Indian journal of veterinary science and animal husbandry - Volume 1,
Year: 1931
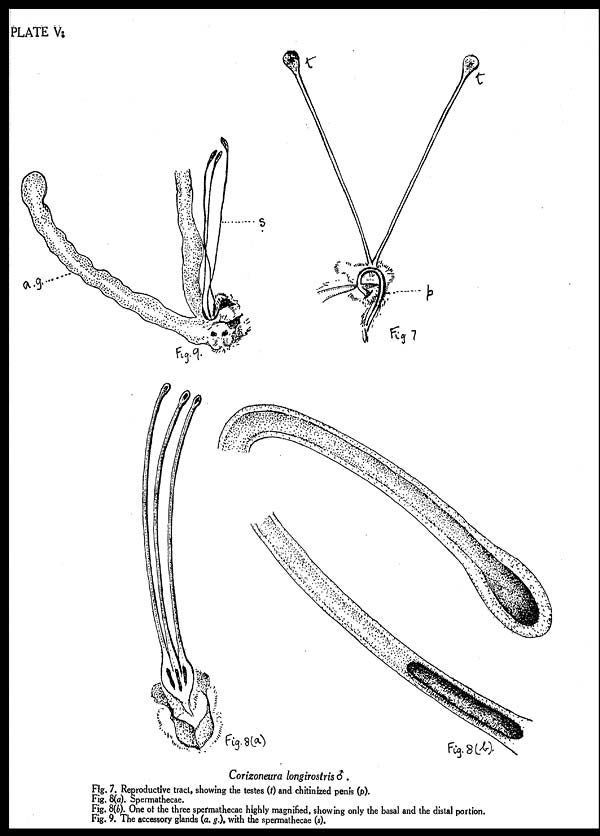
PLATE V.
Corizoneura longirostris ♂.
Fig. 7. Reproductive tract, showing the testes (t) and chitinized penis (p).
Fig. 8(a). Spermathecae.
Fig. 8(b). One of the three spermathecae highly magnified, showing only the basal and the distal portion.
Fig. 9. The accessory glands (a. g.), with the spermathecae (s).